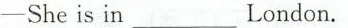
-She is in ___London.